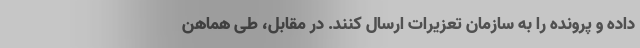
داده و پرونده را به سازمان تعزیرات ارسال کنند. در مقابل، طی هماهن